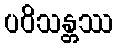
ပဝိသန္တဿ